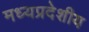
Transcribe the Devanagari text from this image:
मध्यप्रदेशीय